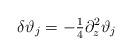
LaTeX: \begin{align*} \delta\vartheta_j = -\tfrac14\partial_z^2\vartheta_j\end{align*}